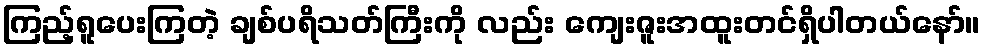
ကြည့်ရူပေးကြတဲ့ ချစ်ပရိသတ်ကြီးကို လည်း ကျေးဇူးအထူးတင်ရှိပါတယ်နော်။